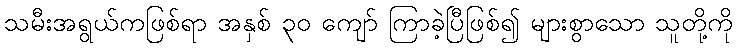
သမီးအရွယ်ကဖြစ်ရာ အနှစ် ၃၀ ကျော် ကြာခဲ့ပြီဖြစ်၍ များစွာသော သူတို့ကို